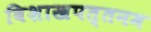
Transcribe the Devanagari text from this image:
विशाखपत्तनम